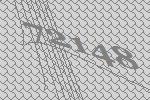
72148